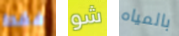
فقط شو بالمياه